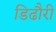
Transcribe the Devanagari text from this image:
डिढौरी